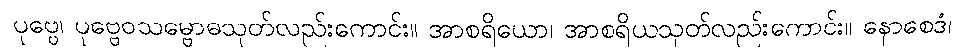
ပုဗ္ဗေ၊ ပုဗ္ဗေဝသမ္ဗောဓသုတ်လည်းကောင်း။ အာစရိယော၊ အာစရိယသုတ်လည်းကောင်း။ နောစေဒံ၊